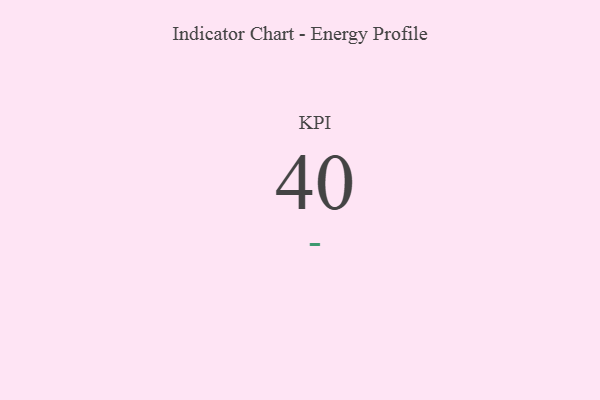
{"axis": {"x": "KPI", "y": "Value"}, "legend": [""], "data": [{"x": "KPI", "y": 40, "type": ""}]}